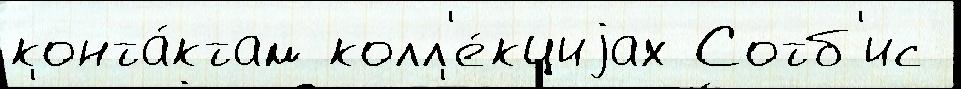
конта́ктам колл'е́кциjах Сотб'ис